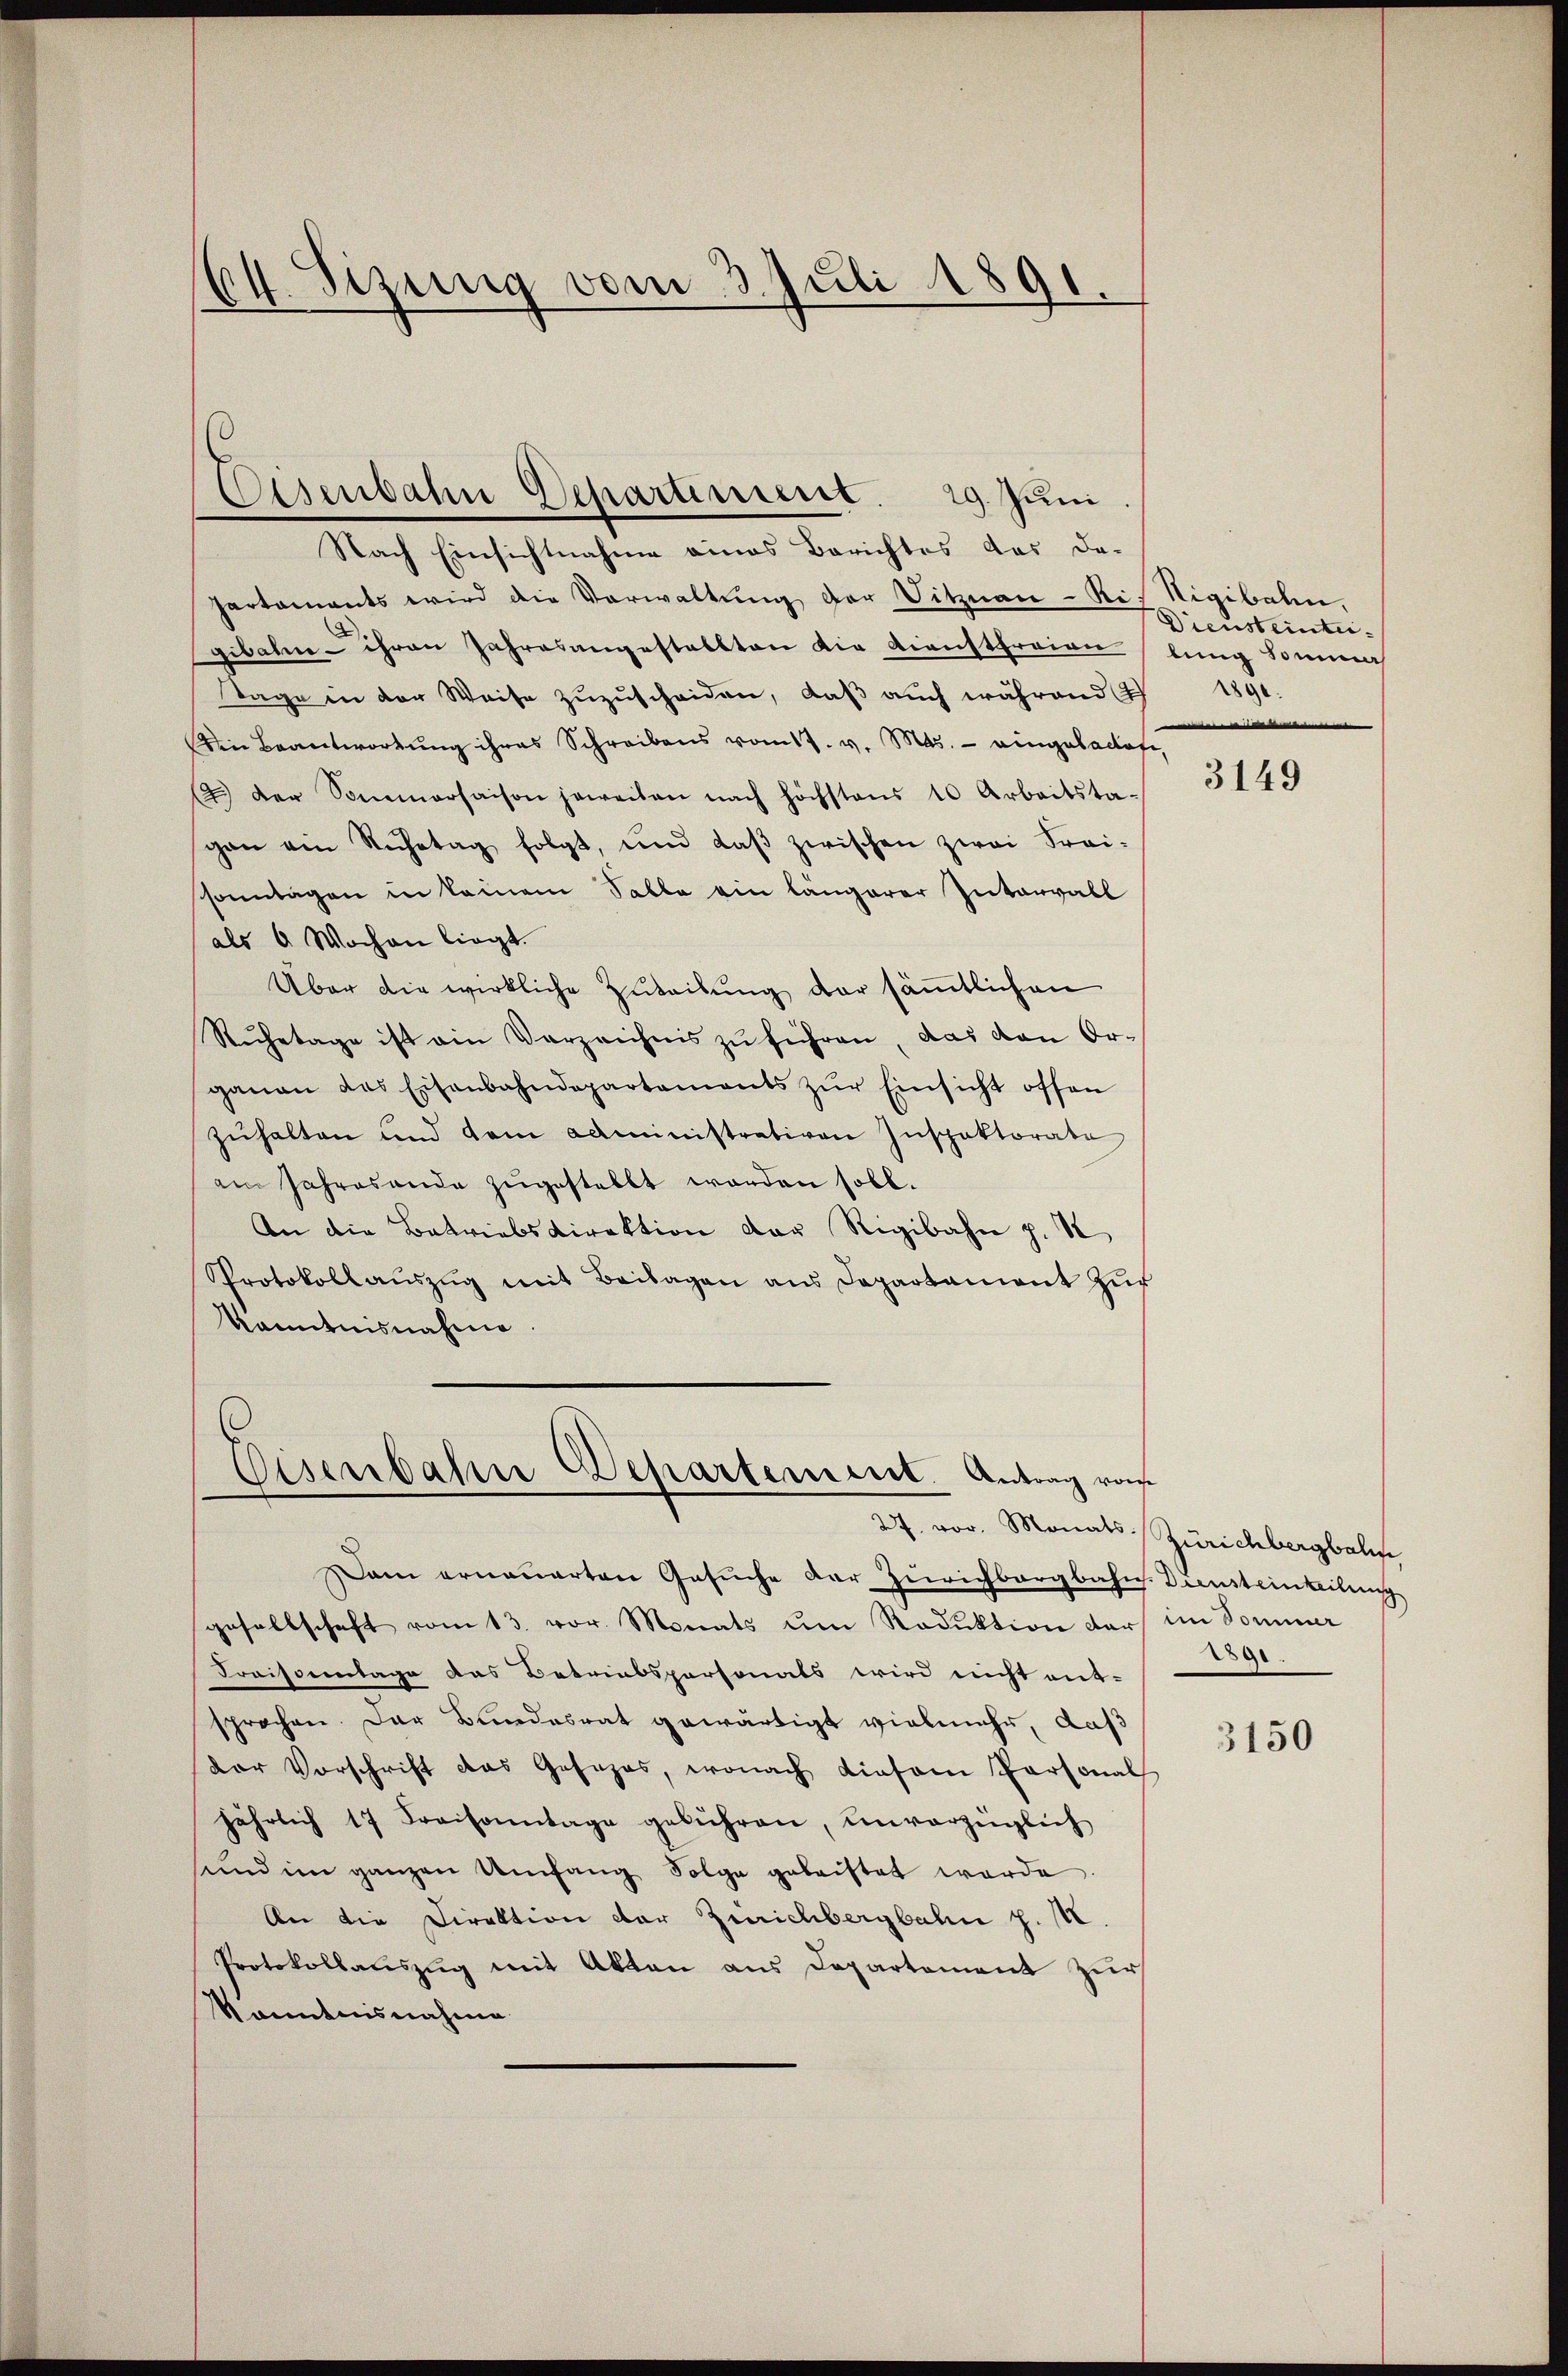
64. Sizung vom 3. Juli 1891.

Eisenbahn Departinient. 29. Juni

Nach Einsichtnahme eines Berichtes das da-
partaments wird die Verwaltung der Sitznau-Rif Rigibahn,
gibahne ihren Jahresangestellten die Dienstfreien
Tage in der Weise zŭzŭscheiden, daß auch während I 1890.
Den Beantwortŭng ihres Schreibens vom 17. v. Mts. eingebadafe,
A.) Der Sommerhaison jeweiten nach höchstens 10 Arbeitsta-
gan ein Ruhetag folgt, und daβ zwischen zwei Frai-
sonntagen in keinem Salle ein längerer Intervall
als 6 Wochen liegt.
Über die wirkliche Zuteilung der sämmtlichen
Ruhetage ist ain Verzeichnis zu führen, das von Organan das Eisenbahndepartements zŭr Einsicht offen
zŭhalten und dem administrativen Inspektorate
am Jahresande zugestellt worden soll.
An die Betriebsdirektion der Rigibahn p. 1
Protokollaŭszŭg mit Beilagen ans Departament zŭr
kanntnisnahme.

Eisenbahn Departement. Antrag von

am erneuerten Gesuche der Zürichbergbahn. Diensteinteilung
gesellschaft vom 13. vor. Monats um Reduktion darf im Sommer
Fraissertage das Betriebspersonats wird nicht ent-
sprochen. Der Bundesrat gewärtigt vielmehr, daß
der Vorschrift das Gesezes, wonach diesem Personal
jährlich 17 Kreisamtage gebühren, unvorzüglich
sund im ganzen Umfang Folge gebaistet werde.
An die Direktion der Zürichbergbahn z. I
Protokollauszug mit Akten aus Departement zur
Kenntnisnahme

27. vor. Monats Zürichbergbahn

Diensteintei
lung Somme
e

3149

e

3150